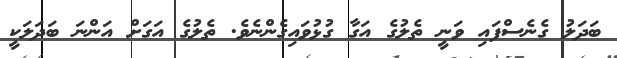
ބަދަލު ގެނެސްފައި ވަނީ ތެލުގެ އަގާ ގުޅުވައިގެންނެވެ. ތެލުގެ އަގަށް އަންނަ ބަދަލަކީ